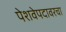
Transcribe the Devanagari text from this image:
पेशवेपदावरचा